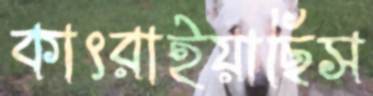
কাৎরাইয়াছিস